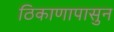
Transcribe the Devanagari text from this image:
ठिकाणापासुन